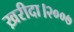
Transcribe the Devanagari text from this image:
ख़रीदा।२००७